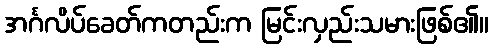
အင်္ဂလိပ်ခေတ်ကတည်းက မြင်းလှည်းသမားဖြစ်၏။